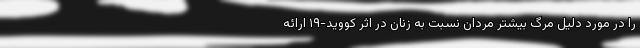
را در مورد دلیل مرگ بیشتر مردان نسبت به زنان در اثر کووید-۱۹ ارائه